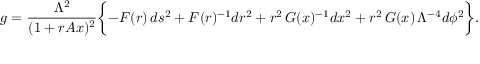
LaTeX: g = \frac { \Lambda ^ { 2 } } { ( 1 + r A x ) ^ { 2 } } \biggl \{ - F ( r ) \, d s ^ { 2 } + F ( r ) ^ { - 1 } d r ^ { 2 } + r ^ { 2 } \, G ( x ) ^ { - 1 } d x ^ { 2 } + r ^ { 2 } \, G ( x ) \, \Lambda ^ { - 4 } d \phi ^ { 2 } \biggr \} .